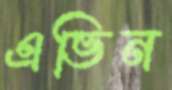
এভিন